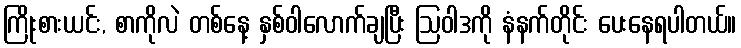
ကြိုးစားယင်း, စာကိုလဲ တစ်နေ့ နှစ်ဝါလောက်ချပြီး ဩဝါဒကို နံနက်တိုင်း ပေးနေရပါတယ်။